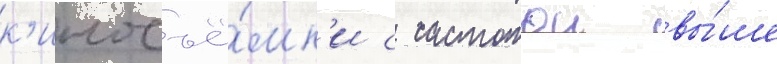
к'иносъё́мк'и с частотои вы́ше